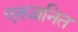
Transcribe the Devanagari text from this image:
एतज्जनित